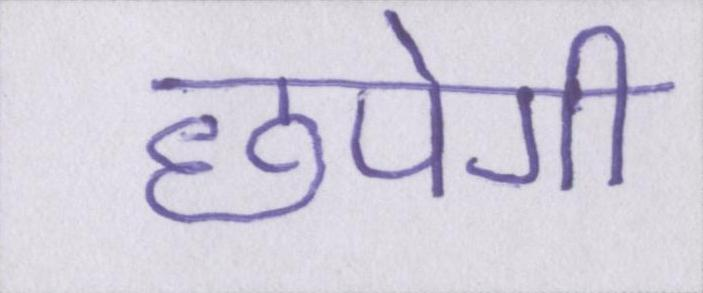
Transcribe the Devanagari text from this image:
छपेगी